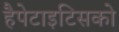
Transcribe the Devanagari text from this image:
हैपेटाइटिसको